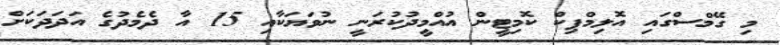
މި ގޭމްސްގައި އޮލިމްޕިކް ކޮމިޓީން އުއްމީދުކުރަނީ ނުވަޔަކާއި 15 އާ ދެމެދުގެ އަދަދަކަށް